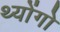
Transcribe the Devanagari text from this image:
थ्योंगो